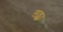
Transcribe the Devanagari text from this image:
लड्का